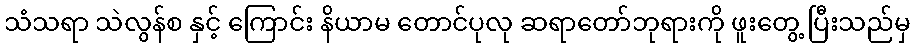
သံသရာ သဲလွန်စ နှင့် ကြောင်း နိယာမ တောင်ပုလု ဆရာတော်ဘုရားကို ဖူးတွေ့ ပြီးသည်မှ